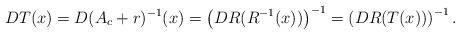
LaTeX: \begin{align*}DT(x) = D(A_c + r)^{-1}(x) = \left( D R(R^{-1}(x)) \right)^{-1} = \left( DR(T(x)) \right)^{-1}.\end{align*}